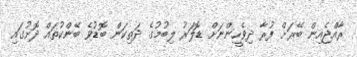
ރާއްޖެއިން ބޭރަށް ފުރާ ދިވެހީންނަށް ޑޮލަރު ލިބުމުގެ ދަތިކަން ބޮޑުވެ ބޭންކުތައް ދޮށުގައި